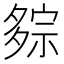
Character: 𰋕